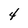
Character: 4